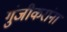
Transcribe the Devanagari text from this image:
गुंजीकरांना